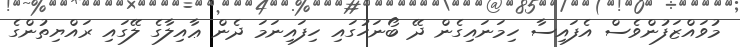
މުވައްޒަފުންވެސް އެފައިސާ ހިމަނައިގެން ދޭ ބޯނަހުގައި ހިފައިނަމަ ދެން ޢާއިލާގެ ލޭގައި ރައްޔިތުންގެ